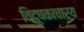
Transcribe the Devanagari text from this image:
विदूषकाचार्य